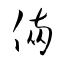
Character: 倆